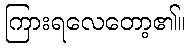
ကြားရလေတော့၏။